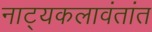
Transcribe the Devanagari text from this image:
नाट्यकलावंतांत